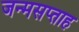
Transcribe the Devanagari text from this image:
जन्मसप्ताह